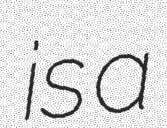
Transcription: is a